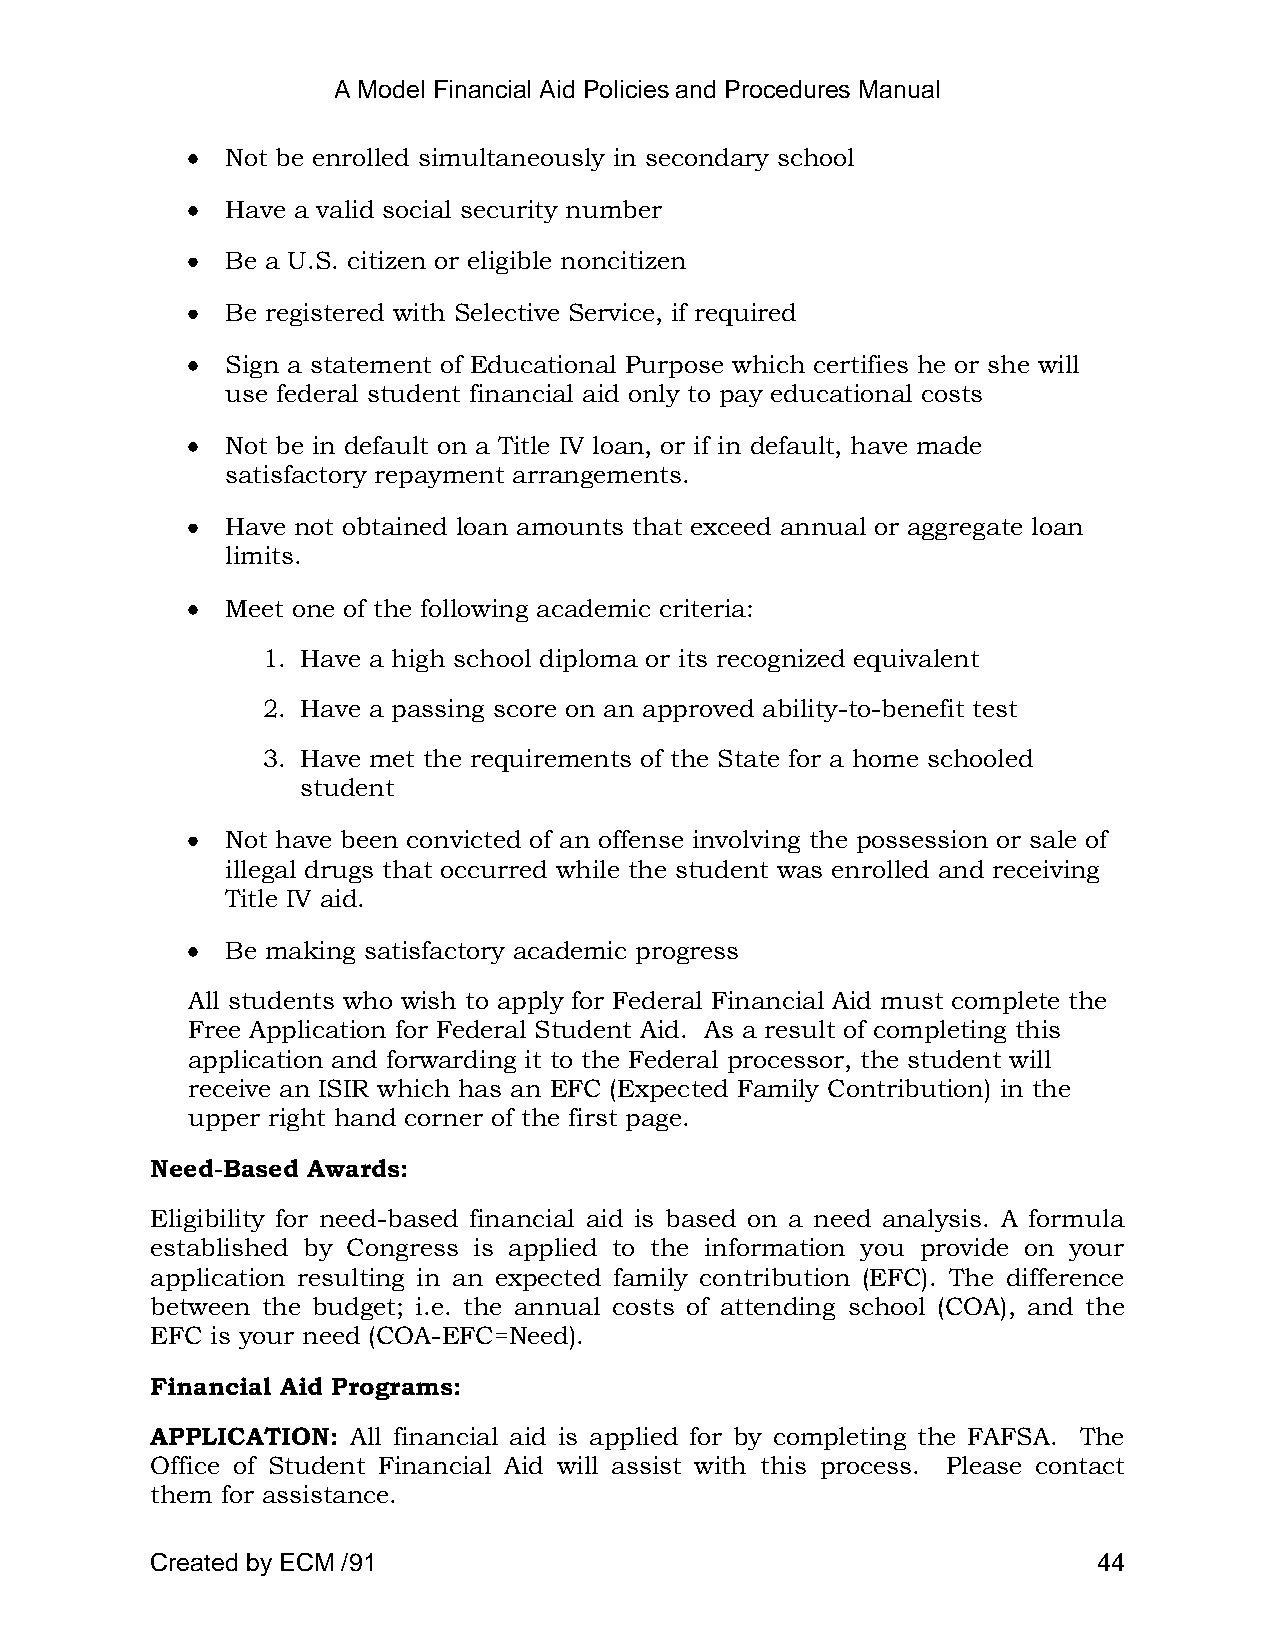
A Model Financial Aid Policies and Procedures Manual
 Not be enrolled simultaneously in secondary school
 Have a valid social security number
 Be a U.S. citizen or eligible noncitizen
 Be registered with Selective Service, if required
 Sign a statement of Educational Purpose which certifies he or she will
 use federal student financial aid only to pay educational costs
 Not be in default on a Title IV loan, or if in default, have made
 satisfactory repayment arrangements.
 Have not obtained loan amounts that exceed annual or aggregate loan
 limits.
 Meet one of the following academic criteria:
 1. Have a high school diploma or its recognized equivalent
 2. Have a passing score on an approved ability-to-benefit test
 3. Have met the requirements of the State for a home schooled
 student
 Not have been convicted of an offense involving the possession or sale of
 illegal drugs that occurred while the student was enrolled and receiving
 Title IV aid.
 Be making satisfactory academic progress
 All students who wish to apply for Federal Financial Aid must complete the
 Free Application for Federal Student Aid. As a result of completing this
 application and forwarding it to the Federal processor, the student will
 receive an ISIR which has an EFC (Expected Family Contribution) in the
 upper right hand corner of the first page.
 Need-Based Awards:
 Eligibility for need-based financial aid is based on a need analysis. A formula
 established by Congress is applied to the information you provide on your
 application resulting in an expected family contribution (EFC). The difference
 between the budget; i.e. the annual costs of attending school (COA), and the
 EFC is your need (COA-EFC=Need).
 Financial Aid Programs:
 APPLICATION: All financial aid is applied for by completing the FAFSA. The
 Office of Student Financial Aid will assist with this process. Please contact
 them for assistance.
 Created by ECM /91                                             44